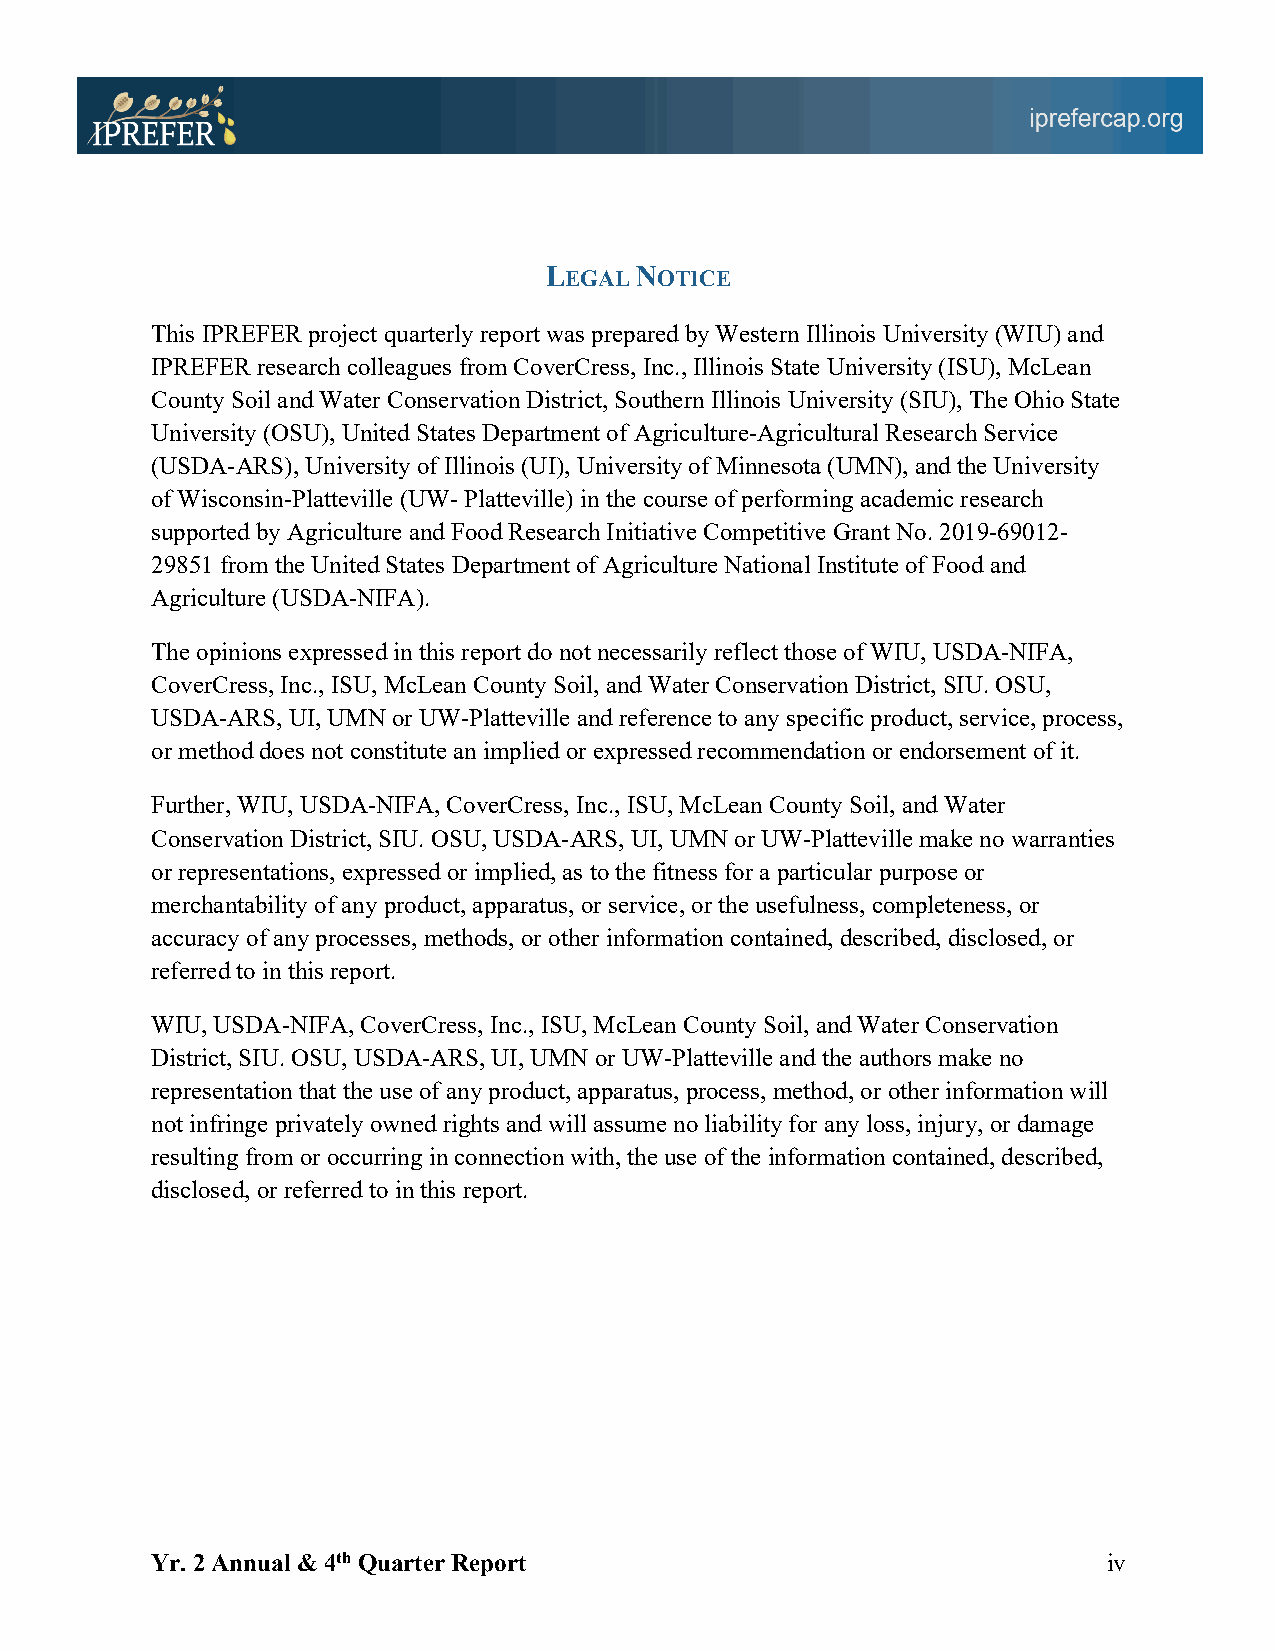
LEGAL NOTICE
 This IPREFER project quarterly report was prepared by Western Illinois University (WIU) and
 IPREFER research colleagues from CoverCress, Inc., Illinois State University (ISU), McLean
 County Soil and Water Conservation District, Southern Illinois University (SIU), The Ohio State
 University (OSU), United States Department of Agriculture-Agricultural Research Service
 (USDA-ARS), University of Illinois (UI), University of Minnesota (UMN), and the University
 of Wisconsin-Platteville (UW- Platteville) in the course of performing academic research
 supported by Agriculture and Food Research Initiative Competitive Grant No. 2019-69012-
 29851 from the United States Department of Agriculture National Institute of Food and
 Agriculture (USDA-NIFA).
 The opinions expressed in this report do not necessarily reflect those of WIU, USDA-NIFA,
 CoverCress, Inc., ISU, McLean County Soil, and Water Conservation District, SIU. OSU,
 USDA-ARS, UI, UMN or UW-Platteville and reference to any specific product, service, process,
 or method does not constitute an implied or expressed recommendation or endorsement of it.
 Further, WIU, USDA-NIFA, CoverCress, Inc., ISU, McLean County Soil, and Water
 Conservation District, SIU. OSU, USDA-ARS, UI, UMN or UW-Platteville make no warranties
 or representations, expressed or implied, as to the fitness for a particular purpose or
 merchantability of any product, apparatus, or service, or the usefulness, completeness, or
 accuracy of any processes, methods, or other information contained, described, disclosed, or
 referred to in this report.
 WIU, USDA-NIFA, CoverCress, Inc., ISU, McLean County Soil, and Water Conservation
 District, SIU. OSU, USDA-ARS, UI, UMN or UW-Platteville and the authors make no
 representation that the use of any product, apparatus, process, method, or other information will
 not infringe privately owned rights and will assume no liability for any loss, injury, or damage
 resulting from or occurring in connection with, the use of the information contained, described,
 disclosed, or referred to in this report.
 Yr. 2 Annual & 4th Quarter Report                              iv